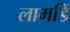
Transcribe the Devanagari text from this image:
लामडिं